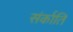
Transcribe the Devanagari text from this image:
संर्काति